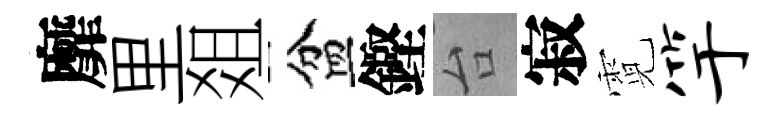
靡里爼盆鏗台寂霓竽